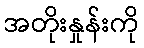
အတိုးနှုန်းကို